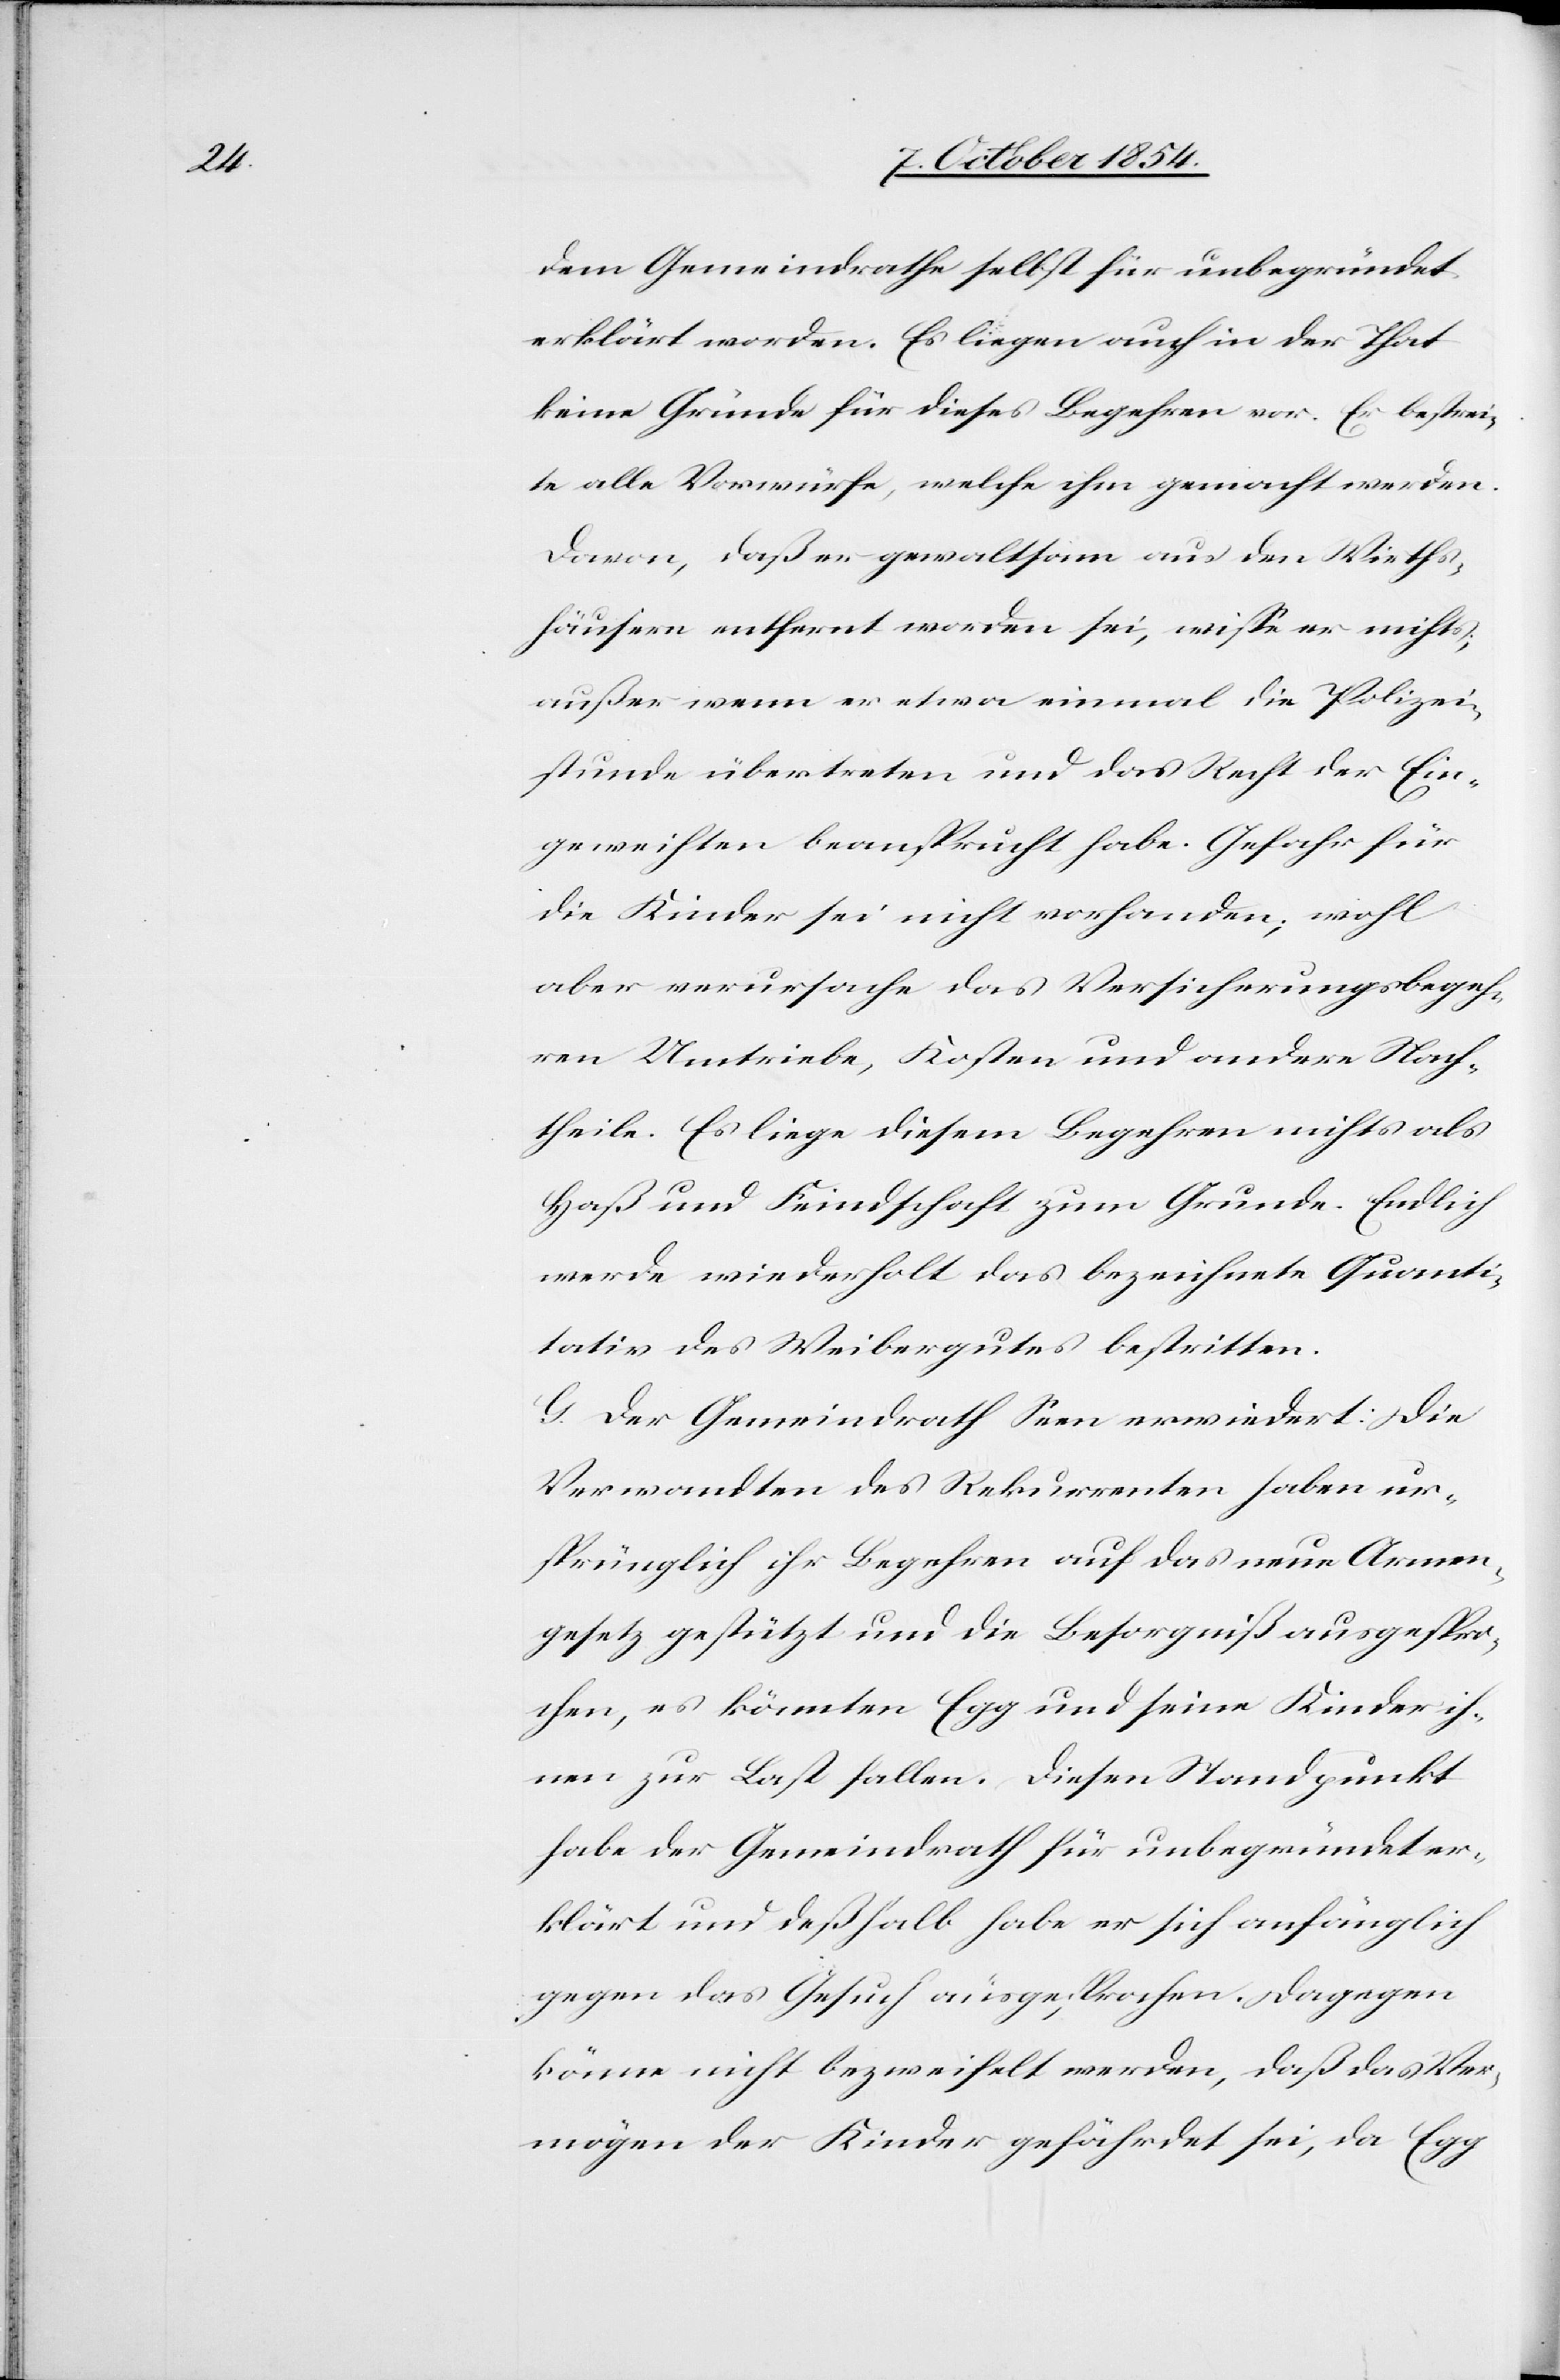
dem Gemeindrathe selbst für unbegründet
erklärt worden. Es liegen auch in der That
keine Gründe für dieses Begehren vor. Er bestrei¬
te alle Vorwürfe, welche ihm gemacht werden.
Davon, daß er gewaltsam aus den Wirths¬
häusern entfernt worden sei, wiße er nichts;
außer wenn er etwa einmal die Polizei¬
stunde übertreten und das Recht der Ein¬
geweihten beansprucht habe. Gefahr für
die Kinder sei nicht vorhanden; wohl
aber verursache das Versicherungsbegeh¬
ren Umtriebe, Kosten und andere Nach¬
theile. Es liege diesem Begehren nichts als
Haß und Feindschaft zum Grunde. Endlich
werde wiederholt das bezeichnete Quanti¬
tativ des Weibergutes bestritten.
G. Der Gemeindrath Seen erwiedert: Die
Verwandten des Rekurrenten haben ur¬
sprünglich ihr Begehren auf das neue Armen¬
gesetz gestützt und die Besorgniß ausgespro¬
chen, es könnten Egg und seine Kinder ih¬
nen zur Last fallen. Diesen Standpunkt
habe der Gemeindrath für unbegründet er¬
klärt und deßhalb habe er sich anfänglich
gegen das Gesuch ausgesprochen. Dagegen
könne nicht bezweifelt werden, daß das Ver¬
mögen der Kinder gefährdet sei, da Egg